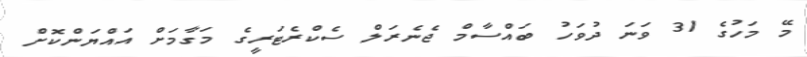
މޭ މަހުގެ 31 ވަނަ ދުވަހު ބައްސާމް ޖެނެރަލް ސެކްރެޓަރީގެ މަގާމަށް އައްޔަންކޮށް